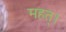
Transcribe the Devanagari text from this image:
महत्।